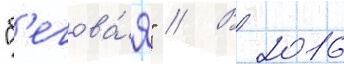
"б'егова́я" // В 2016